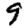
Digit: 9